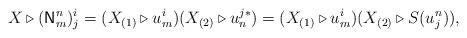
LaTeX: \begin{align*}X \triangleright (\mathsf{N}^n_m)^i_j = (X_{(1)} \triangleright u^i_m) (X_{(2)} \triangleright u_n^{j*}) = (X_{(1)} \triangleright u^i_m) (X_{(2)} \triangleright S(u^n_j)),\end{align*}